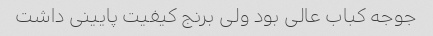
جوجه کباب عالی بود ولی برنج کیفیت پایینی داشت